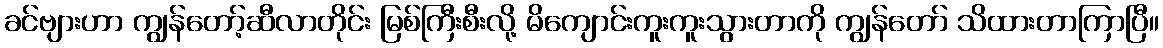
ခင်ဗျားဟာ ကျွန်တော့်ဆီလာတိုင်း မြစ်ကြီးစီးလို့ မိကျောင်းကူးကူးသွားတာကို ကျွန်တော် သိထားတာကြာပြီ။